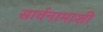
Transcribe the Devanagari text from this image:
सार्वनामाशी